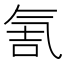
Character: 𰛀